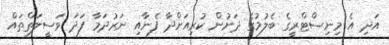
އަދި އެ މިނިސްޓްރީގެ ބެލުމުގެ ދަށުން ކުރިއަށްދާ ފެނާއި ނަރުދަމާ ފަދަ ވަސީލަތްތައް